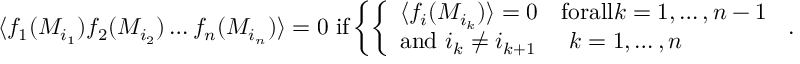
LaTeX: \langle f _ { 1 } ( M _ { i _ { 1 } } ) f _ { 2 } ( M _ { i _ { 2 } } ) \dots f _ { n } ( M _ { i _ { n } } ) \rangle = 0 \ \mathrm { i f } \left\{ \left\{ \begin{array} { l l } { { \langle f _ { i } ( M _ { i _ { k } } ) \rangle = 0 } } & { { \mathrm { f o r a l l } k = 1 , \dots , n - 1 } } \\ { { \mathrm { a n d } \ i _ { k } \neq i _ { k + 1 } } } & { { \ k = 1 , \dots , n } } \end{array} \right. \right. .